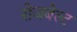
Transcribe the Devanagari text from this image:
रोजबेल्ट